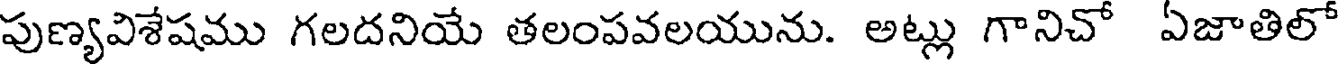
పుణ్యవిశేషము గలదనియే తలంపవలయును. అట్లు గానిచో ఏజాతిలో